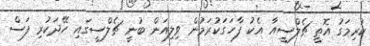
ކުރިމަގު އޮތީ ޗެލްސީއާ އެކު ފާހަގަކުރަމުން ވިލިއަން ބުނީ ޗެލްސީގައި ހޭދަކުރި ފަސް